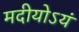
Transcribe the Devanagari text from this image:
मदीयोऽयं